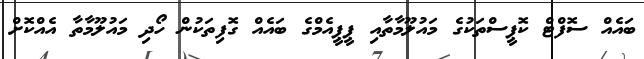
ބައެއް ސޮފްޓް ކޮޕީސްތަކުގެ މައުލޫމާތާއި ޕީޕީއެމްގެ ބައެއް ގޮފިތަކުން ހޯދި މައުލޫމާތާ އެއްކޮށް